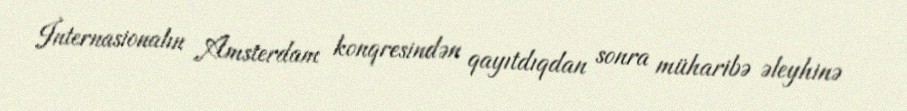
İnternasionalın Amsterdam konqresindən qayıtdıqdan sonra müharibə əleyhinə